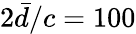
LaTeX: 2\bar{d}/c=100